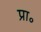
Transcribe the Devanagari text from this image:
प्रा॰